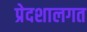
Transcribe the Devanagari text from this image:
प्रेदशालगत